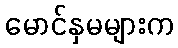
မောင်နှမများက